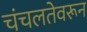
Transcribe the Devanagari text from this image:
चंचलतेवरून